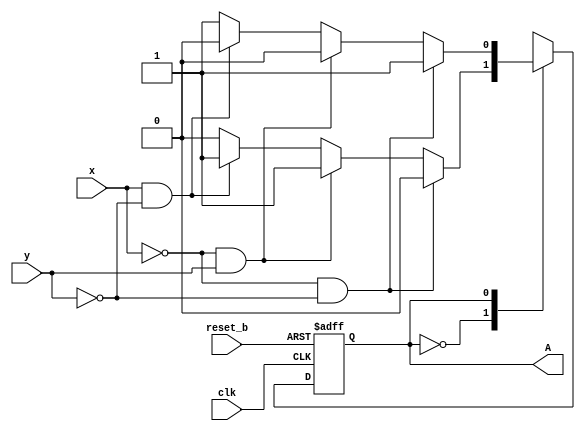
module OddFunction (output A, input x, y, clk, reset_b);

	reg state;

	parameter S0 = 1'b0, S1 = 1'b1;

	always @ (posedge clk, negedge reset_b)
		if (reset_b ==0)  state <= S0;
		else case (state)
			S0: if (!x && !y) state <= S0;
			    else if (!x && y) state <= S1;
			    else if (x && !y) state <= S1;
			    else state <= S0;
			S1: if (!x && !y) state <= S1;
			    else if (!x && y) state <= S0;
			    else if (x && !y) state <= S0;
			    else state <= S1;
		endcase
		assign A = state;
endmodule